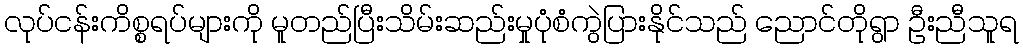
လုပ်ငန်းကိစ္စရပ်များကို မူတည်ပြီးသိမ်းဆည်းမှုပုံစံကွဲပြားနိုင်သည် ညောင်တိုရွာ ဦးညီသူရ